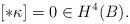
LaTeX: \begin{align*}[\ast \kappa]=0\in H^4(B).\end{align*}